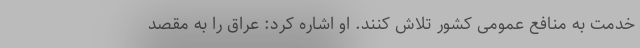
خدمت به منافع عمومی کشور تلاش کنند. او اشاره کرد: عراق را به مقصد